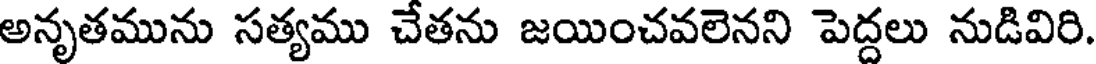
అనృతమును సత్యము చేతను జయించవలెనని పెద్దలు నుడివిరి.